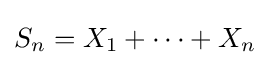
{\textstyle S_{n}=X_{1}+\cdots +X_{n}}